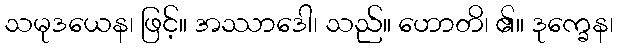
သမုဒယေန၊ ဖြင့်။ အဿာဒေါ၊ သည်။ ဟောတိ၊ ၏။ ဒုက္ခေန၊